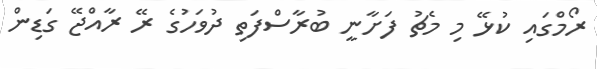
ރޯމްގައި ކުޅޭ މި މެޗު ފަށާނީ ބުރާސްފަތި ދުވަހުގެ ރޭ ރާއްޖޭ ގަޑިން